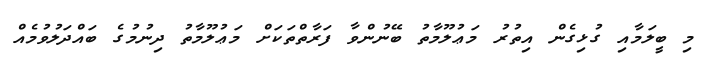
މި ބީލަމާއި ގުޅިގެން އިތުރު މަޢުލޫމާތު ބޭނުންވާ ފަރާތްތަކަށް މަޢުލޫމާތު ދިނުމުގެ ބައްދަލުވުމެއް